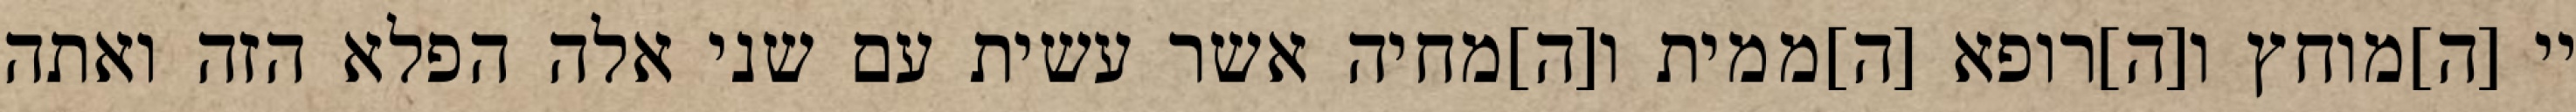
יי [ה]מוחץ ו[ה]רופא [ה]ממית ו[ה]מחיה אשר עשית עם שני אלה הפלא הזה ואתה